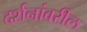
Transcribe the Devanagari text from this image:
दर्शनांवरील